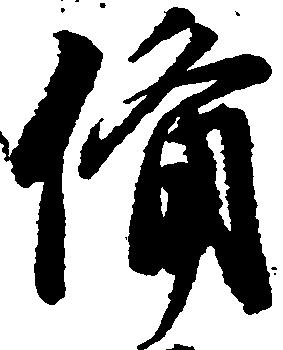
備